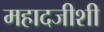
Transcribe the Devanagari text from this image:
महादजीशी